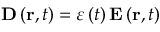
\mathbf { D } \left( \mathbf { r } , t \right) = \varepsilon \left( t \right) \mathbf { E } \left( \mathbf { r } , t \right)